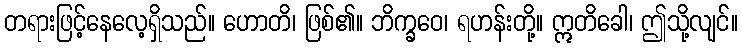
တရားဖြင့်နေလေ့ရှိသည်။ ဟောတိ၊ ဖြစ်၏။ ဘိက္ခဝေ၊ ရဟန်းတို့။ ဣတိခေါ၊ ဤသို့လျင်။